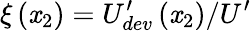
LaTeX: \xi\left(\mathit{x}_{2}\right)=U_{dev}^{\prime}\left(\mathit{x}_{2}\right)/U^{\prime}